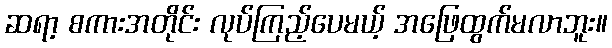
ဆရာ့ စကားအတိုင်း လုပ်ကြည့်ပေမယ့် အဖြေထွက်မလာဘူး။